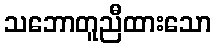
သဘောတူညီထားသော